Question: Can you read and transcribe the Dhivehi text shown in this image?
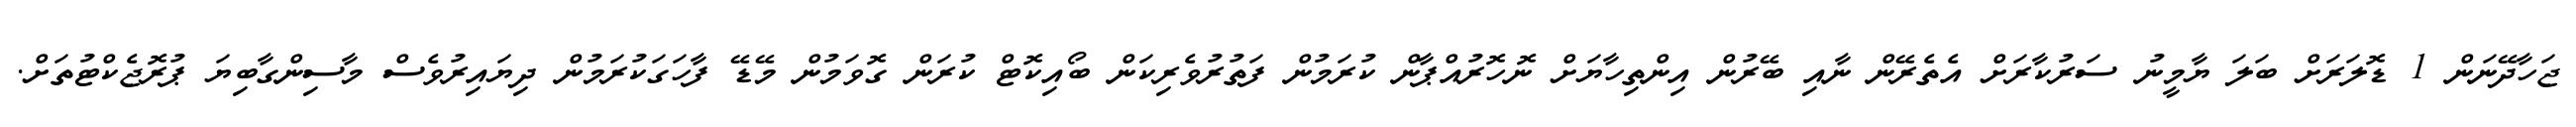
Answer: ޖަހާދޭނަން 1 ޑޮލަރަށް ބަލަ ޔާމީނު ސަރުކާރަށް އެތެރޭން ނާއި ބޭރުން އިންތިހާޔަށް ނޮހޮރުއްޕާން ކުރަމުން ފަތުރުވެރިކަން ބޯއިކޮޓް ކުރަން ގޮވަމުން މޭޑޭ ފާހަގަކުރަމުން ދިޔައިރުވެސް މާސިންގާބިޔަ ޕުރޮޖެކްޓުތަށް.